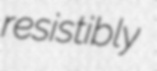
resistibly